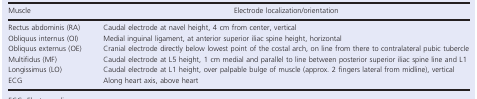
| Muscle | Electrode localization/orientation |
 | --- | --- |
 | Rectus abdominis (RA) | Caudal electrode at navel height, 4 cm from center, vertical |
 | Obliquus internus (OI) | Medial inguinal ligament, at anterior superior iliac spine height, horizontal |
 | Obliquus externus (OE) | Cranial electrode directly below lowest point of the costal arch, on line from there to contralateral pubic tubercle |
 | Multifidus (MF) | Caudal electrode at L5 height, 1 cm medial and parallel to line between posterior superior iliac spine line and L1 |
 | Longissimus (LO) | Caudal electrode at L1 height, over palpable bulge of muscle (approx. 2 fingers lateral from midline), vertical |
 | ECG | Along heart axis, above heart |